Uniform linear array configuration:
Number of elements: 32
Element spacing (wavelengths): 0.25
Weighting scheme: kaiser
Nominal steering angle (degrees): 60
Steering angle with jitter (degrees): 58.797
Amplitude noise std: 0.05
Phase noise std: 0.05

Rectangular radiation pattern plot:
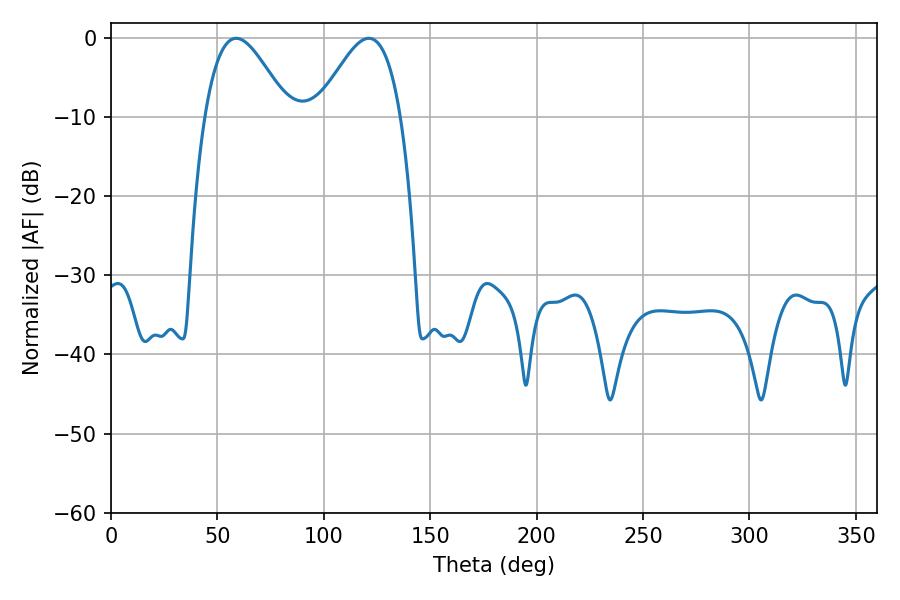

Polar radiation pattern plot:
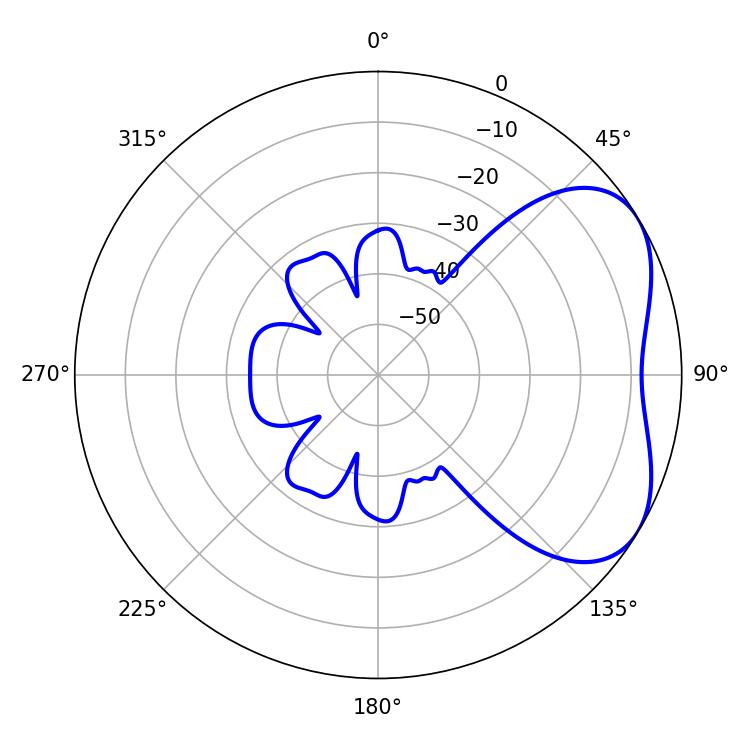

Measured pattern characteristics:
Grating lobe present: FALSE
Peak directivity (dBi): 4.389
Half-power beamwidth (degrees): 21.06
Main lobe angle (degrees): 58.86